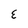
Character: E